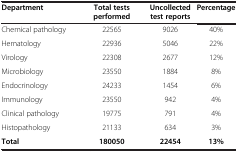
<table><thead><tr><td><b>Department</b></td><td><b>Total tests performed</b></td><td><b>Uncollected test reports</b></td><td><b>Percentage</b></td></tr></thead><tbody><tr><td>Chemical pathology</td><td>22565</td><td>9026</td><td>40%</td></tr><tr><td>Hematology</td><td>22936</td><td>5046</td><td>22%</td></tr><tr><td>Virology</td><td>22308</td><td>2677</td><td>12%</td></tr><tr><td>Microbiology</td><td>23550</td><td>1884</td><td>8%</td></tr><tr><td>Endocrinology</td><td>24233</td><td>1454</td><td>6%</td></tr><tr><td>Immunology</td><td>23550</td><td>942</td><td>4%</td></tr><tr><td>Clinical pathology</td><td>19775</td><td>791</td><td>4%</td></tr><tr><td>Histopathology</td><td>21133</td><td>634</td><td>3%</td></tr><tr><td><b>Total</b></td><td><b>180050</b></td><td><b>22454</b></td><td><b>13%</b></td></tr></tbody></table>